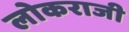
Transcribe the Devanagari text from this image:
लोकराजी